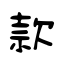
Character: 款